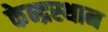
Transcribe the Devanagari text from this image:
केन्द्रस्थान